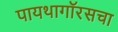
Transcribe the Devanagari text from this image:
पायथागॉरसचा